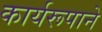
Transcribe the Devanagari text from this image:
कार्यरूपाने